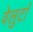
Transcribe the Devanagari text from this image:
वेलुटाॅ